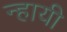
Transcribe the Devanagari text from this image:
न्हायी